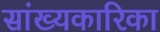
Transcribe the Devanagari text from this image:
सांख्‍यकारिका